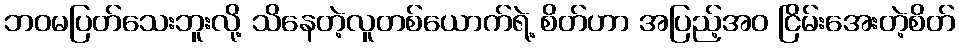
ဘဝမပြတ်သေးဘူးလို့ သိနေတဲ့လူတစ်ယောက်ရဲ့ စိတ်ဟာ အပြည့်အဝ ငြိမ်းအေးတဲ့စိတ်